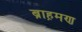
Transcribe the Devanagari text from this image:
ब्राह़मण